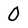
Character: 0